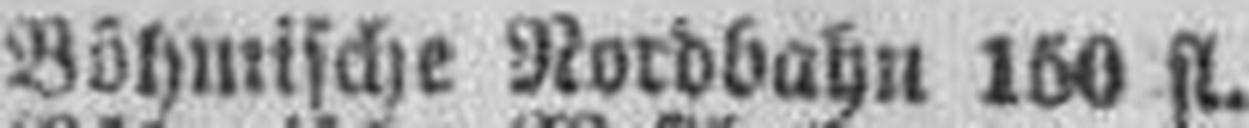
Böhmische Nordbahn 150 fl.